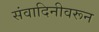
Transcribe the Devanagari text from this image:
संवादिनीवरून